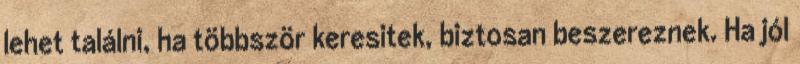
lehet találni, ha többször keresitek, biztosan beszereznek. Ha jól